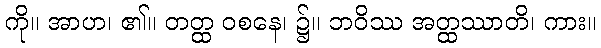
ကို။ အာဟ၊ ၏။ တတ္ထ ဝစနေ၊ ၌။ ဘဝိဿ အတ္ထဿာတိ၊ ကား။